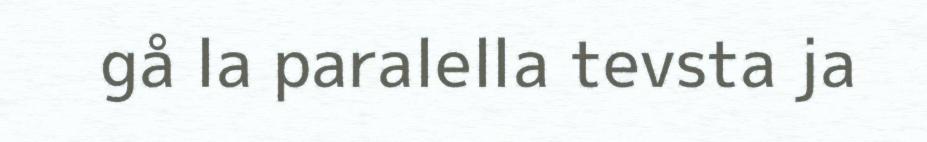
gå la paralella tevsta ja